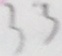
3 3